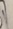
Text: 0